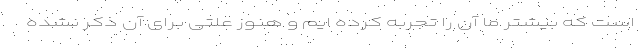
است که بیشتر ما آن را تجربه کرده ایم و هنوز علتی برای آن ذکر نشده